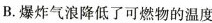
B.爆炸气浪降低了可燃物的温度